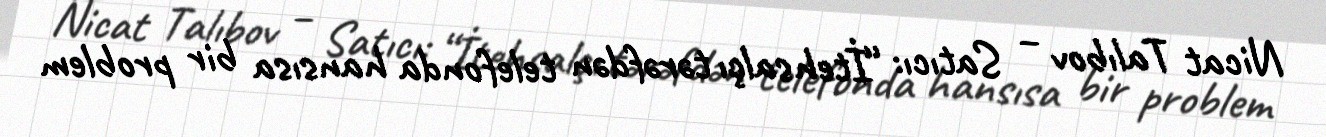
Nicat Talıbov – Satıcı: “İtehsalçı tərəfdən telefonda hansısa bir problem